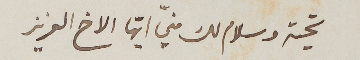
تحية وسلام لك منّي ايّها الاخ العزيز